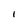
Character: I